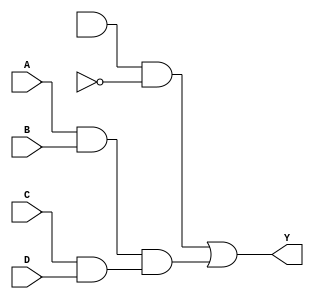
module or_gate (
    input A,
    input B,
    input C,
    input D,
    output Y
);

wire w1, w2, w3;

not (n1, w1);
not (n2, w2);
not (n3, w3);

and (a1, A, B);
and (a2, C, D);

and (a3, w1, w2);
and (a4, a3, n3);
and (a5, a1, a2);

or (Y, a4, a5);

endmodule